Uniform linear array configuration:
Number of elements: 24
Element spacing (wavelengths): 0.75
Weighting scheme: blackman
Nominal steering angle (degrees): -30
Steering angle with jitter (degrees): -30.707
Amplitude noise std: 0.05
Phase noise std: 0.05

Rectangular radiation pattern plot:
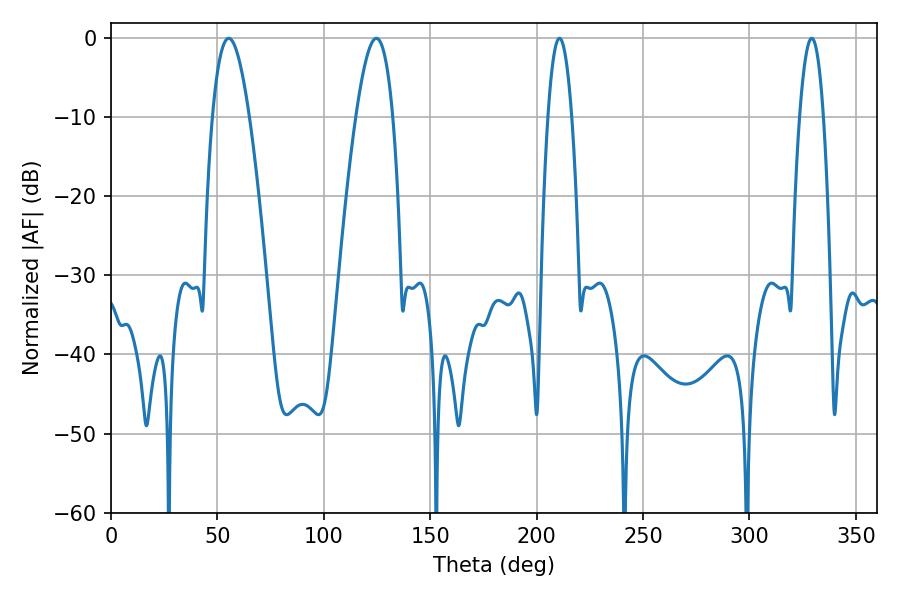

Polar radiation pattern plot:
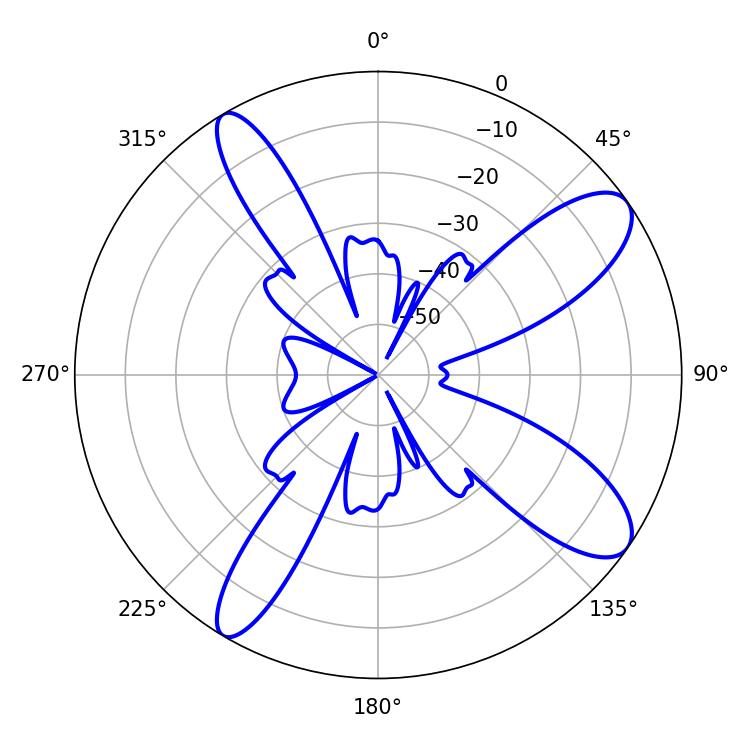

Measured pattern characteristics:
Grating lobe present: TRUE
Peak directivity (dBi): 10.558
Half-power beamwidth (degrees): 9.36
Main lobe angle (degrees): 55.26